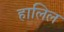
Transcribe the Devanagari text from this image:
हालिल